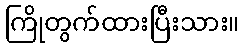
ကြိုတွက်ထားပြီးသား။